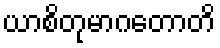
ယာစိတုမာဂတောတိ